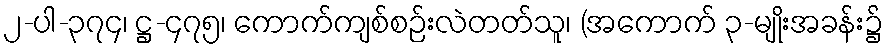
၂-ပါ-၃၇၄၊ ဋ္ဌ-၄၇၅၊ ကောက်ကျစ်စဉ်းလဲတတ်သူ၊ (အကောက် ၃-မျိုးအခန်း၌